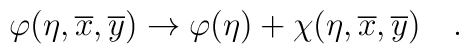
\varphi(\eta,\overline{x}, \overline{y})\rightarrow \varphi(\eta) +\chi(\eta,\overline{x}, \overline{y})~~~.